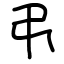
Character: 弔